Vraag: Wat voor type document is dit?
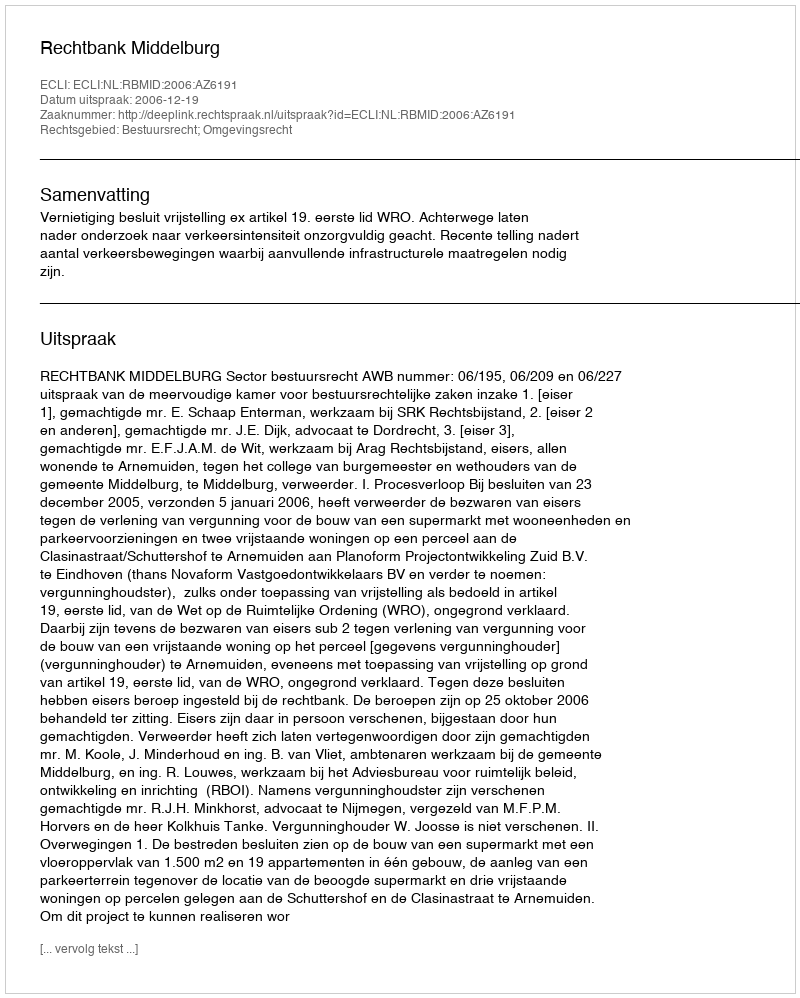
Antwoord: Uitspraak